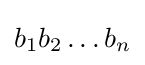
b_{1}b_{2}\dots b_{n}